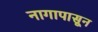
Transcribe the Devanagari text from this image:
नागापासून